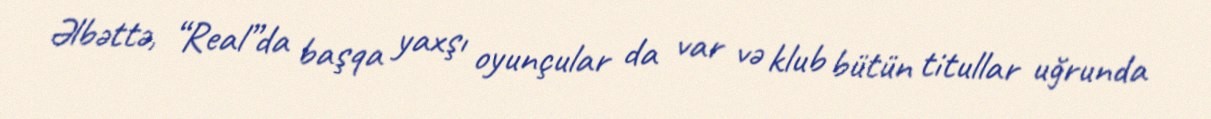
Əlbəttə, “Real”da başqa yaxşı oyunçular da var və klub bütün titullar uğrunda